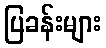
ပြခန်းများ